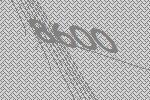
8600